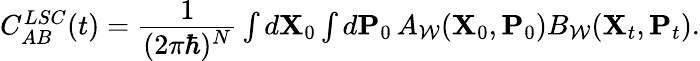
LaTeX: \begin{array}{r}{C_{AB}^{LSC}(t)=\cfrac{1}{(2\pi\hbar)^{N}}\int d\mathbf{X}_{0}\int d\mathbf{P}_{0}\, A_{\mathcal{W}}(\mathbf{X}_{0},\mathbf{P}_{0})B_{\mathcal{W}}(\mathbf{X}_{t},\mathbf{P}_{t}).}\end{array}